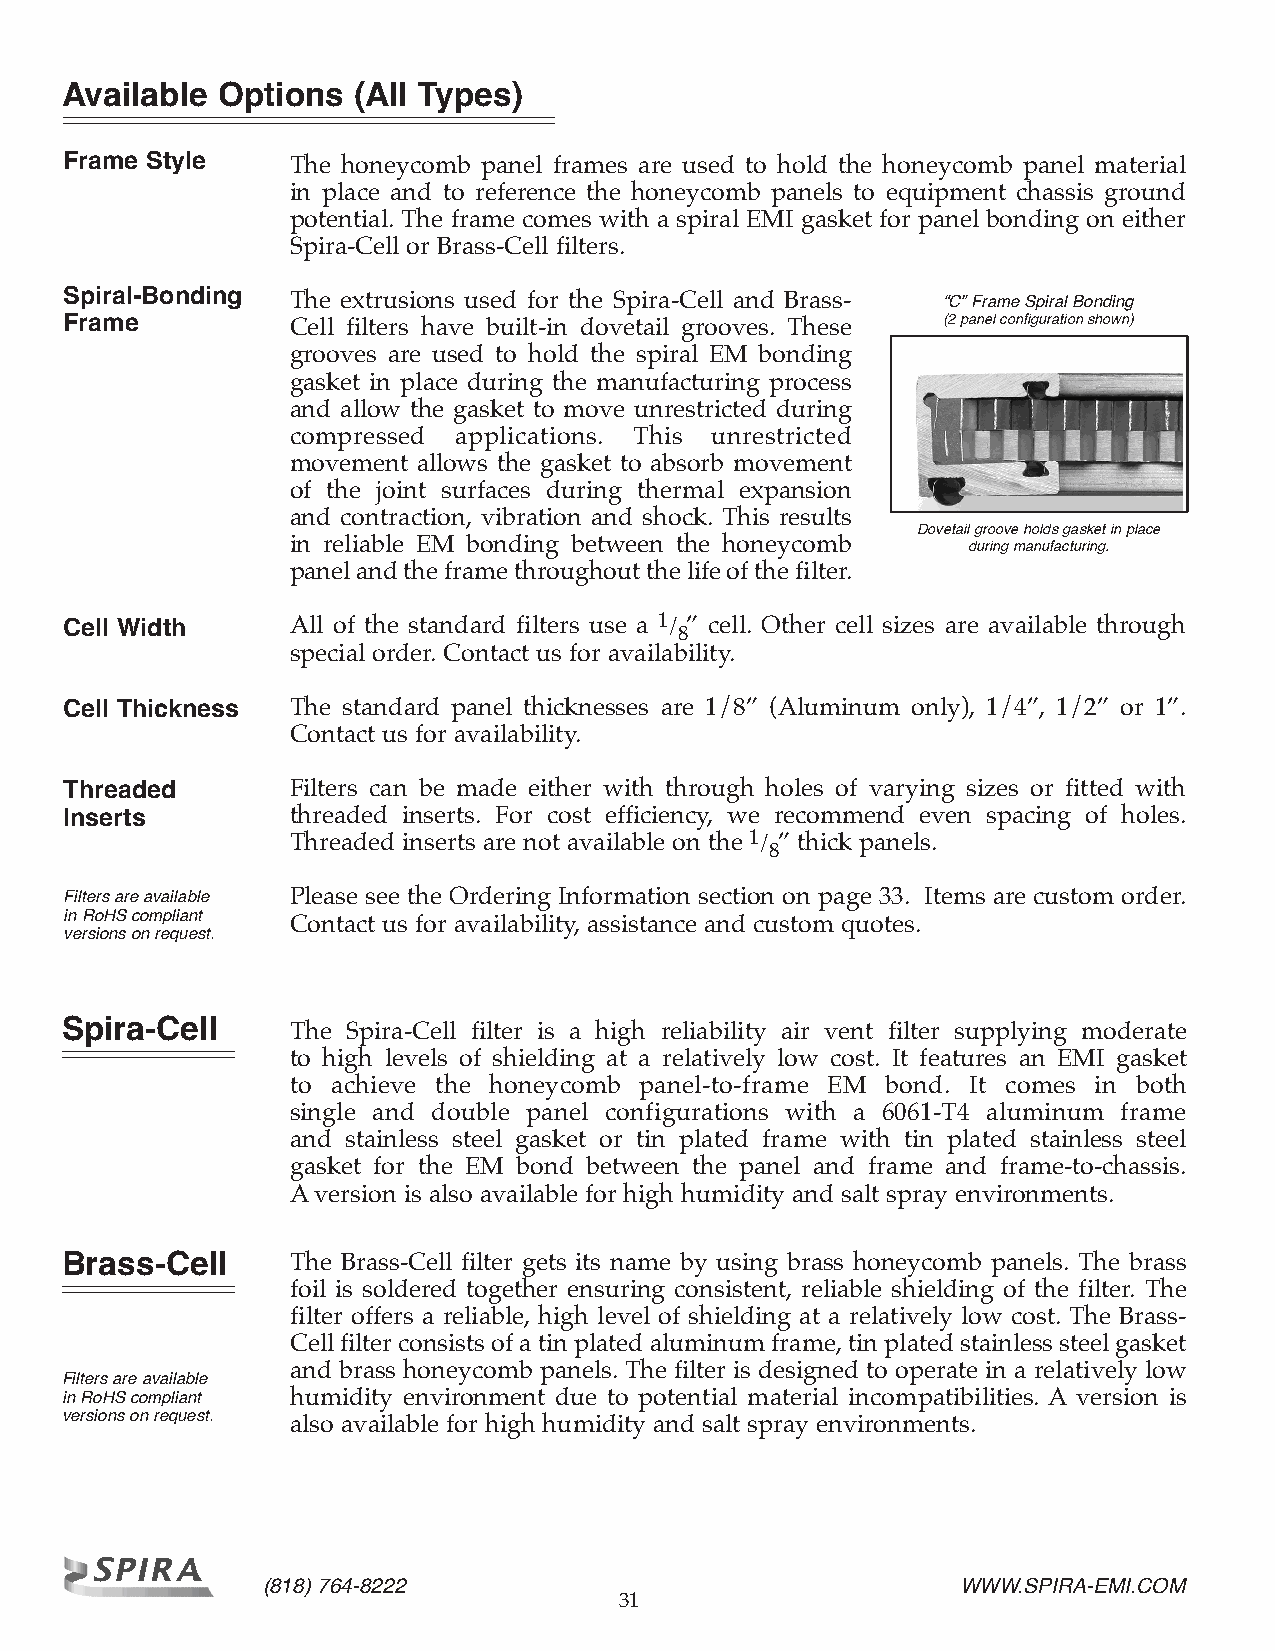
Available Options  (All Types)
 Frame Style    The honeycomb panel frames are used to hold the honeycomb panel material
 in place and to reference the honeycomb panels to equipment chassis ground
 potential. The frame comes with a spiral EMI gasket for panel bonding on either
 Spira-Cell or Brass-Cell filters.
 Spiral-Bonding The extrusions used for the Spira-Cell and Brass- “C” Frame Spiral Bonding
 Frame          Cell filters have built-in dovetail grooves. These (2 panel configuration shown)
 grooves are used to hold the spiral EM bonding
 gasket in place during the manufacturing process
 and allow the gasket to move unrestricted during
 compressed applications. This unrestricted
 movement allows the gasket to absorb movement
 of the joint surfaces during thermal expansion
 and contraction, vibration and shock. This results
 Dovetail groove holds gasket in place
 in reliable EM bonding between the honeycomb during manufacturing.
 panel and the frame throughout the life of the filter.
 Cell Width     All of the standard filters use a 1/8” cell. Other cell sizes are available through
 special order. Contact us for availability.
 Cell Thickness The standard panel thicknesses are 1/8” (Aluminum only), 1/4”, 1/2” or 1”.
 Contact us for availability.
 Threaded       Filters can be made either with through holes of varying sizes or fitted with
 Inserts        threaded inserts. For cost efficiency, we recommend even spacing of holes.
 Threaded inserts are not available on the 1/8” thick panels.
 Filters are available Please see the Ordering Information section on page 33. Items are custom order.
 in RoHS compliant
 Contact us for availability, assistance and custom quotes.
 versions on request.
 Spira-Cell     The Spira-Cell filter is a high reliability air vent filter supplying moderate
 to high levels of shielding at a relatively low cost. It features an EMI gasket
 to achieve the honeycomb panel-to-frame EM bond. It comes in both
 single and double panel configurations with a 6061-T4 aluminum frame
 and stainless steel gasket or tin plated frame with tin plated stainless steel
 gasket for the EM bond between the panel and frame and frame-to-chassis.
 A version is also available for high humidity and salt spray environments.
 Brass-Cell     The Brass-Cell filter gets its name by using brass honeycomb panels. The brass
 foil is soldered together ensuring consistent, reliable shielding of the filter. The
 filter offers a reliable, high level of shielding at a relatively low cost. The Brass-
 Cell filter consists of a tin plated aluminum frame, tin plated stainless steel gasket
 and brass honeycomb panels. The filter is designed to operate in a relatively low
 Filters are available
 in RoHS compliant humidity environment due to potential material incompatibilities. A version is
 versions on request.
 also available for high humidity and salt spray environments.
 (818) 764-8222                                 WWW.SPIRA-EMI.COM
 31